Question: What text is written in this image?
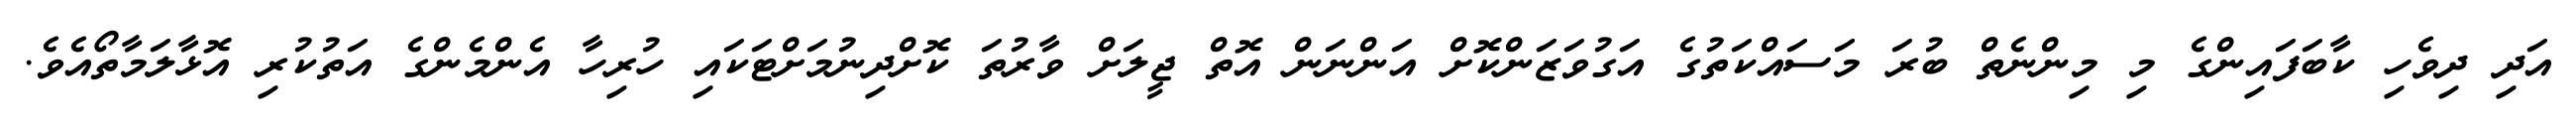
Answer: އަދި ދިވެހި ކާބަފައިންގެ މި މިންނެތް ބުރަ މަސައްކަތުގެ އަގުވަޒަންކޮށް އަންނަން އޮތް ޖީލަށް ވާރުތަ ކޮށްދިނުމަށްޓަކައި ހުރިހާ އެންމެންގެ އަތުކުރި އޮޅާލަމާތޯއެވެ.